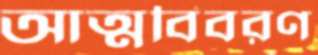
আত্মবিবরণ